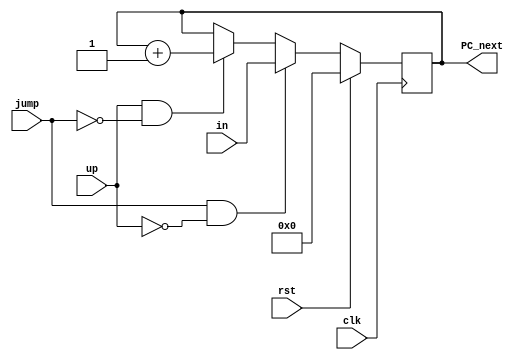
module program_counter (
  input wire clk,
  input wire [7:0] in,
  input wire jump,
  input wire up,
  input wire rst,
  output reg [7:0] PC_next
);


  initial
    PC_next = 0;

  always @(posedge clk) begin
  if(!rst)
  begin
	if (jump & ~up)
		PC_next <= in;
	else if(up & ~jump)
		PC_next <= PC_next + 1;
	else
		PC_next <= PC_next;
  end
  else
  begin
	PC_next <= 0;
  end
  end
  
endmodule